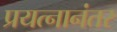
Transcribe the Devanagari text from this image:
प्रयत्नानंतर